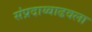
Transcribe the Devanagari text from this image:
संप्रदाय्वाढवला